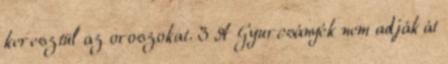
keresztül az oroszokat. 3 A Gyurcsányék nem adják át